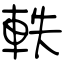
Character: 軼